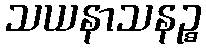
သယနာသနဉ္စ